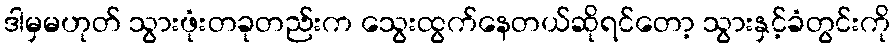
ဒါမှမဟုတ် သွားဖုံးတခုတည်းက သွေးထွက်နေတယ်ဆိုရင်တော့ သွားနှင့်ခံတွင်းကို